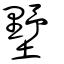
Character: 墅